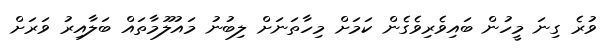
ވުރެ ގިނަ މީހުން ބައިވެރިވެގެން ކަމަށް މިހާތަނަށް ލިބުނު މައުލޫމާތައް ބަލާއިރު ވަރަށް